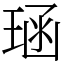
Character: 𪻱